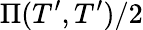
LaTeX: \Pi(T^{\prime},T^{\prime})/2